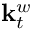
\mathbf { k } _ { t } ^ { w }